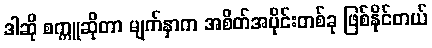
ဒါဆို စက္ကူဆိုတာ မျက်နှာက အစိတ်အပိုင်းတစ်ခု ဖြစ်နိုင်တယ်